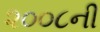
૨૦૦૮ની